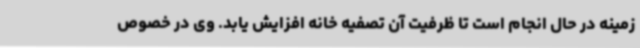
زمینه در حال انجام است تا ظرفیت آن تصفیه خانه افزایش یابد. وی در خصوص